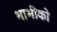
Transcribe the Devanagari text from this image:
भाभीको